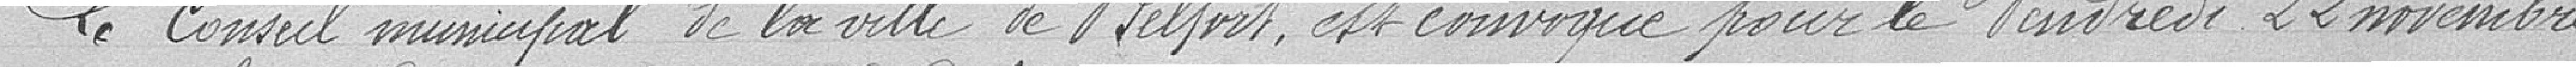
Le Conseil municipal de la ville de Belfort est convoqué pour le vendredi 22 novembre